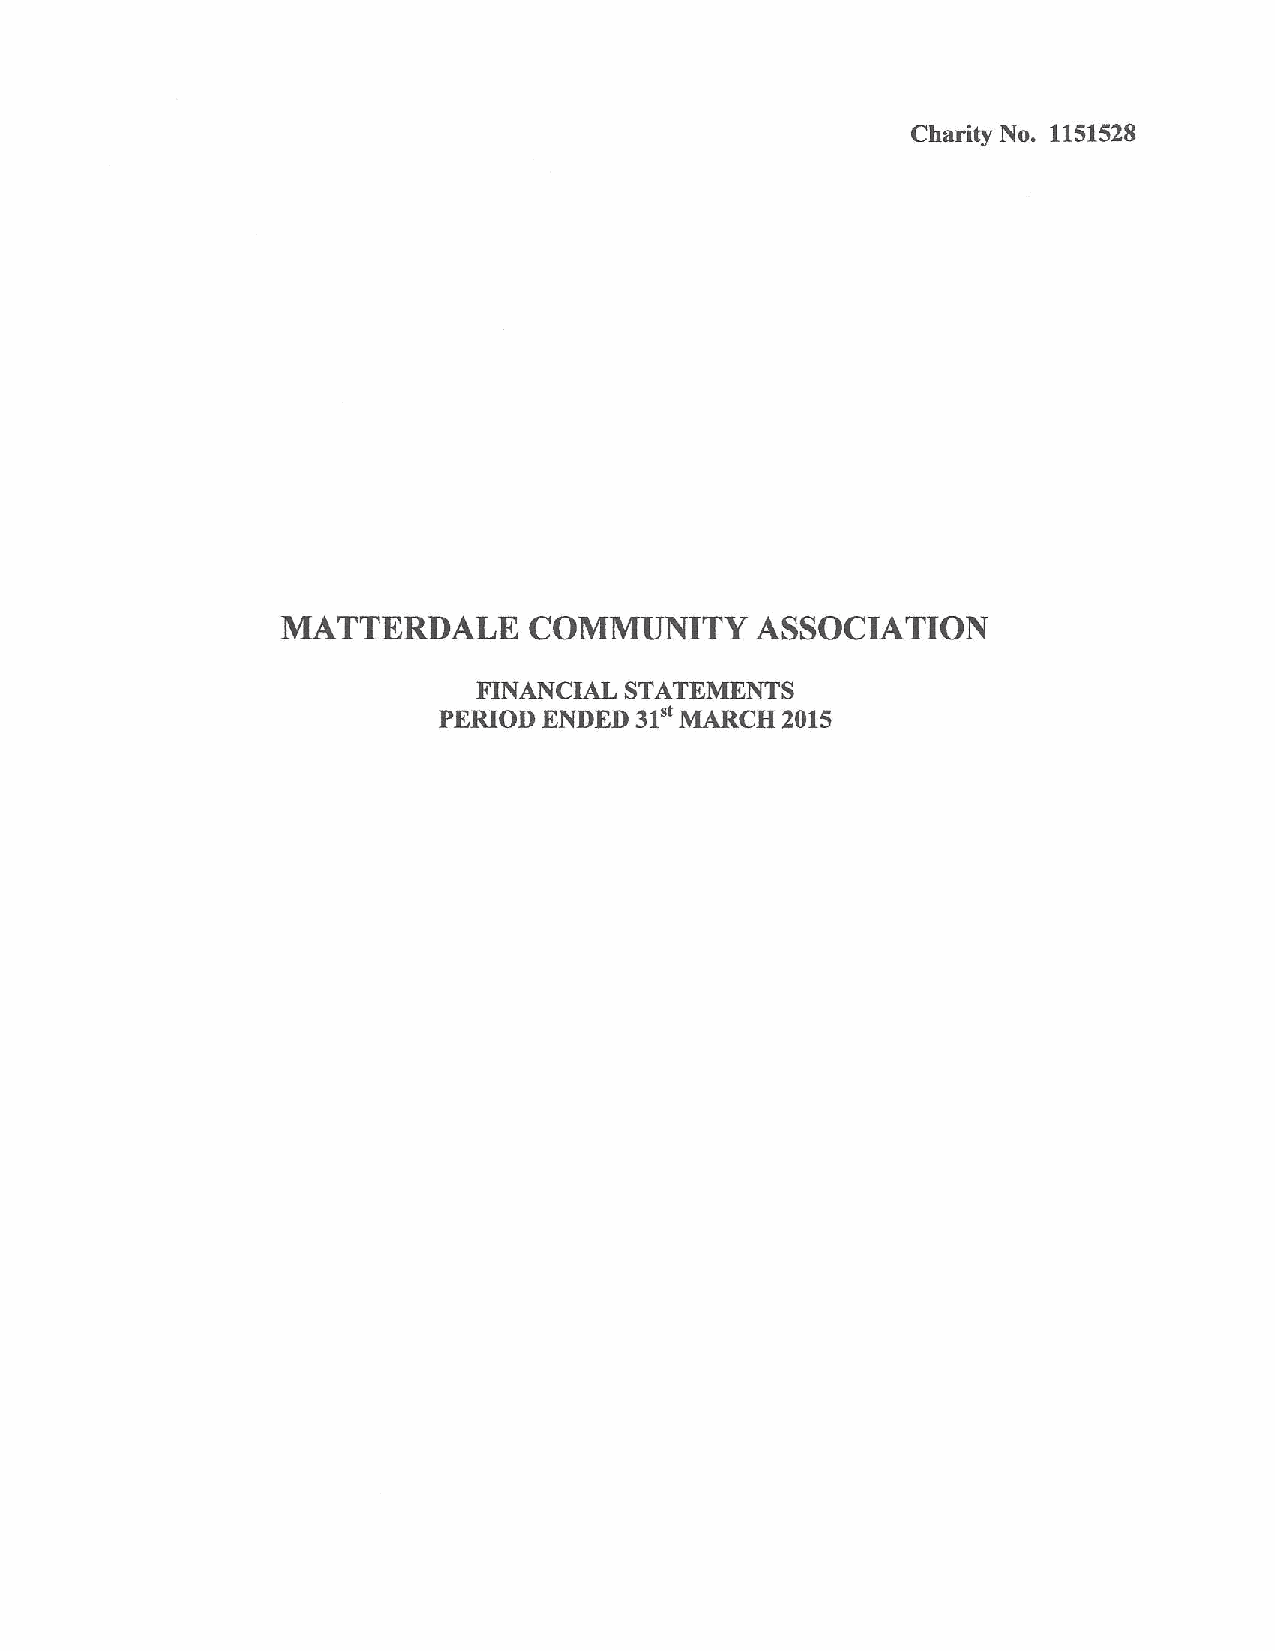
Charity No. 1151528
 MATTKRDALK      COMMUNITY      ASSOCIATION
 FINANCIAL STATEMENTS
 31"
 PERIOD ENDED    MARCH  2015